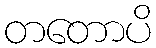
တတောပိ